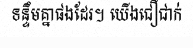
ទន្ទឹមគ្នាផងដែរ។ យើងជឿជាក់